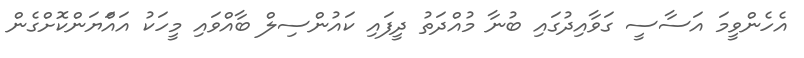
އެހެންވީމަ އަސާސީ ގަވާއިދުގައި ބުނާ މުއްދަތު ދީފައި ކައުންސިލް ބާއްވައި މީހަކު އައްަޔަންކޮށްގެން